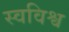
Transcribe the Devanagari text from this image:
स्वविश्व